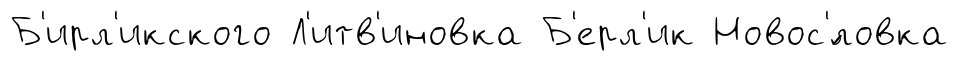
Б'ирл'икского Л'итв'иновка Б'ерл'ик Новос'́ловка